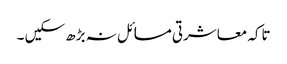
تاکہ معاشرتی مسائل نہ بڑھ سکیں ۔